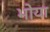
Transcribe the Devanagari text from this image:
भोया